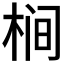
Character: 𱣤